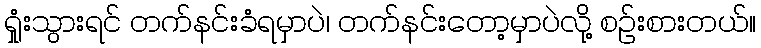
ရှုံးသွားရင် တက်နင်းခံရမှာပဲ၊ တက်နင်းတော့မှာပဲလို့ စဉ်းစားတယ်။